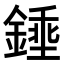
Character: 𨪰